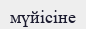
мүйісіне